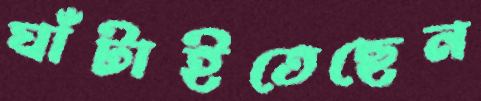
ঘাঁটাইতেছেন